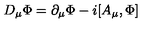
D _ { \mu } { \Phi } = \partial _ { \mu } { \Phi } - i [ A _ { \mu } , \Phi ]